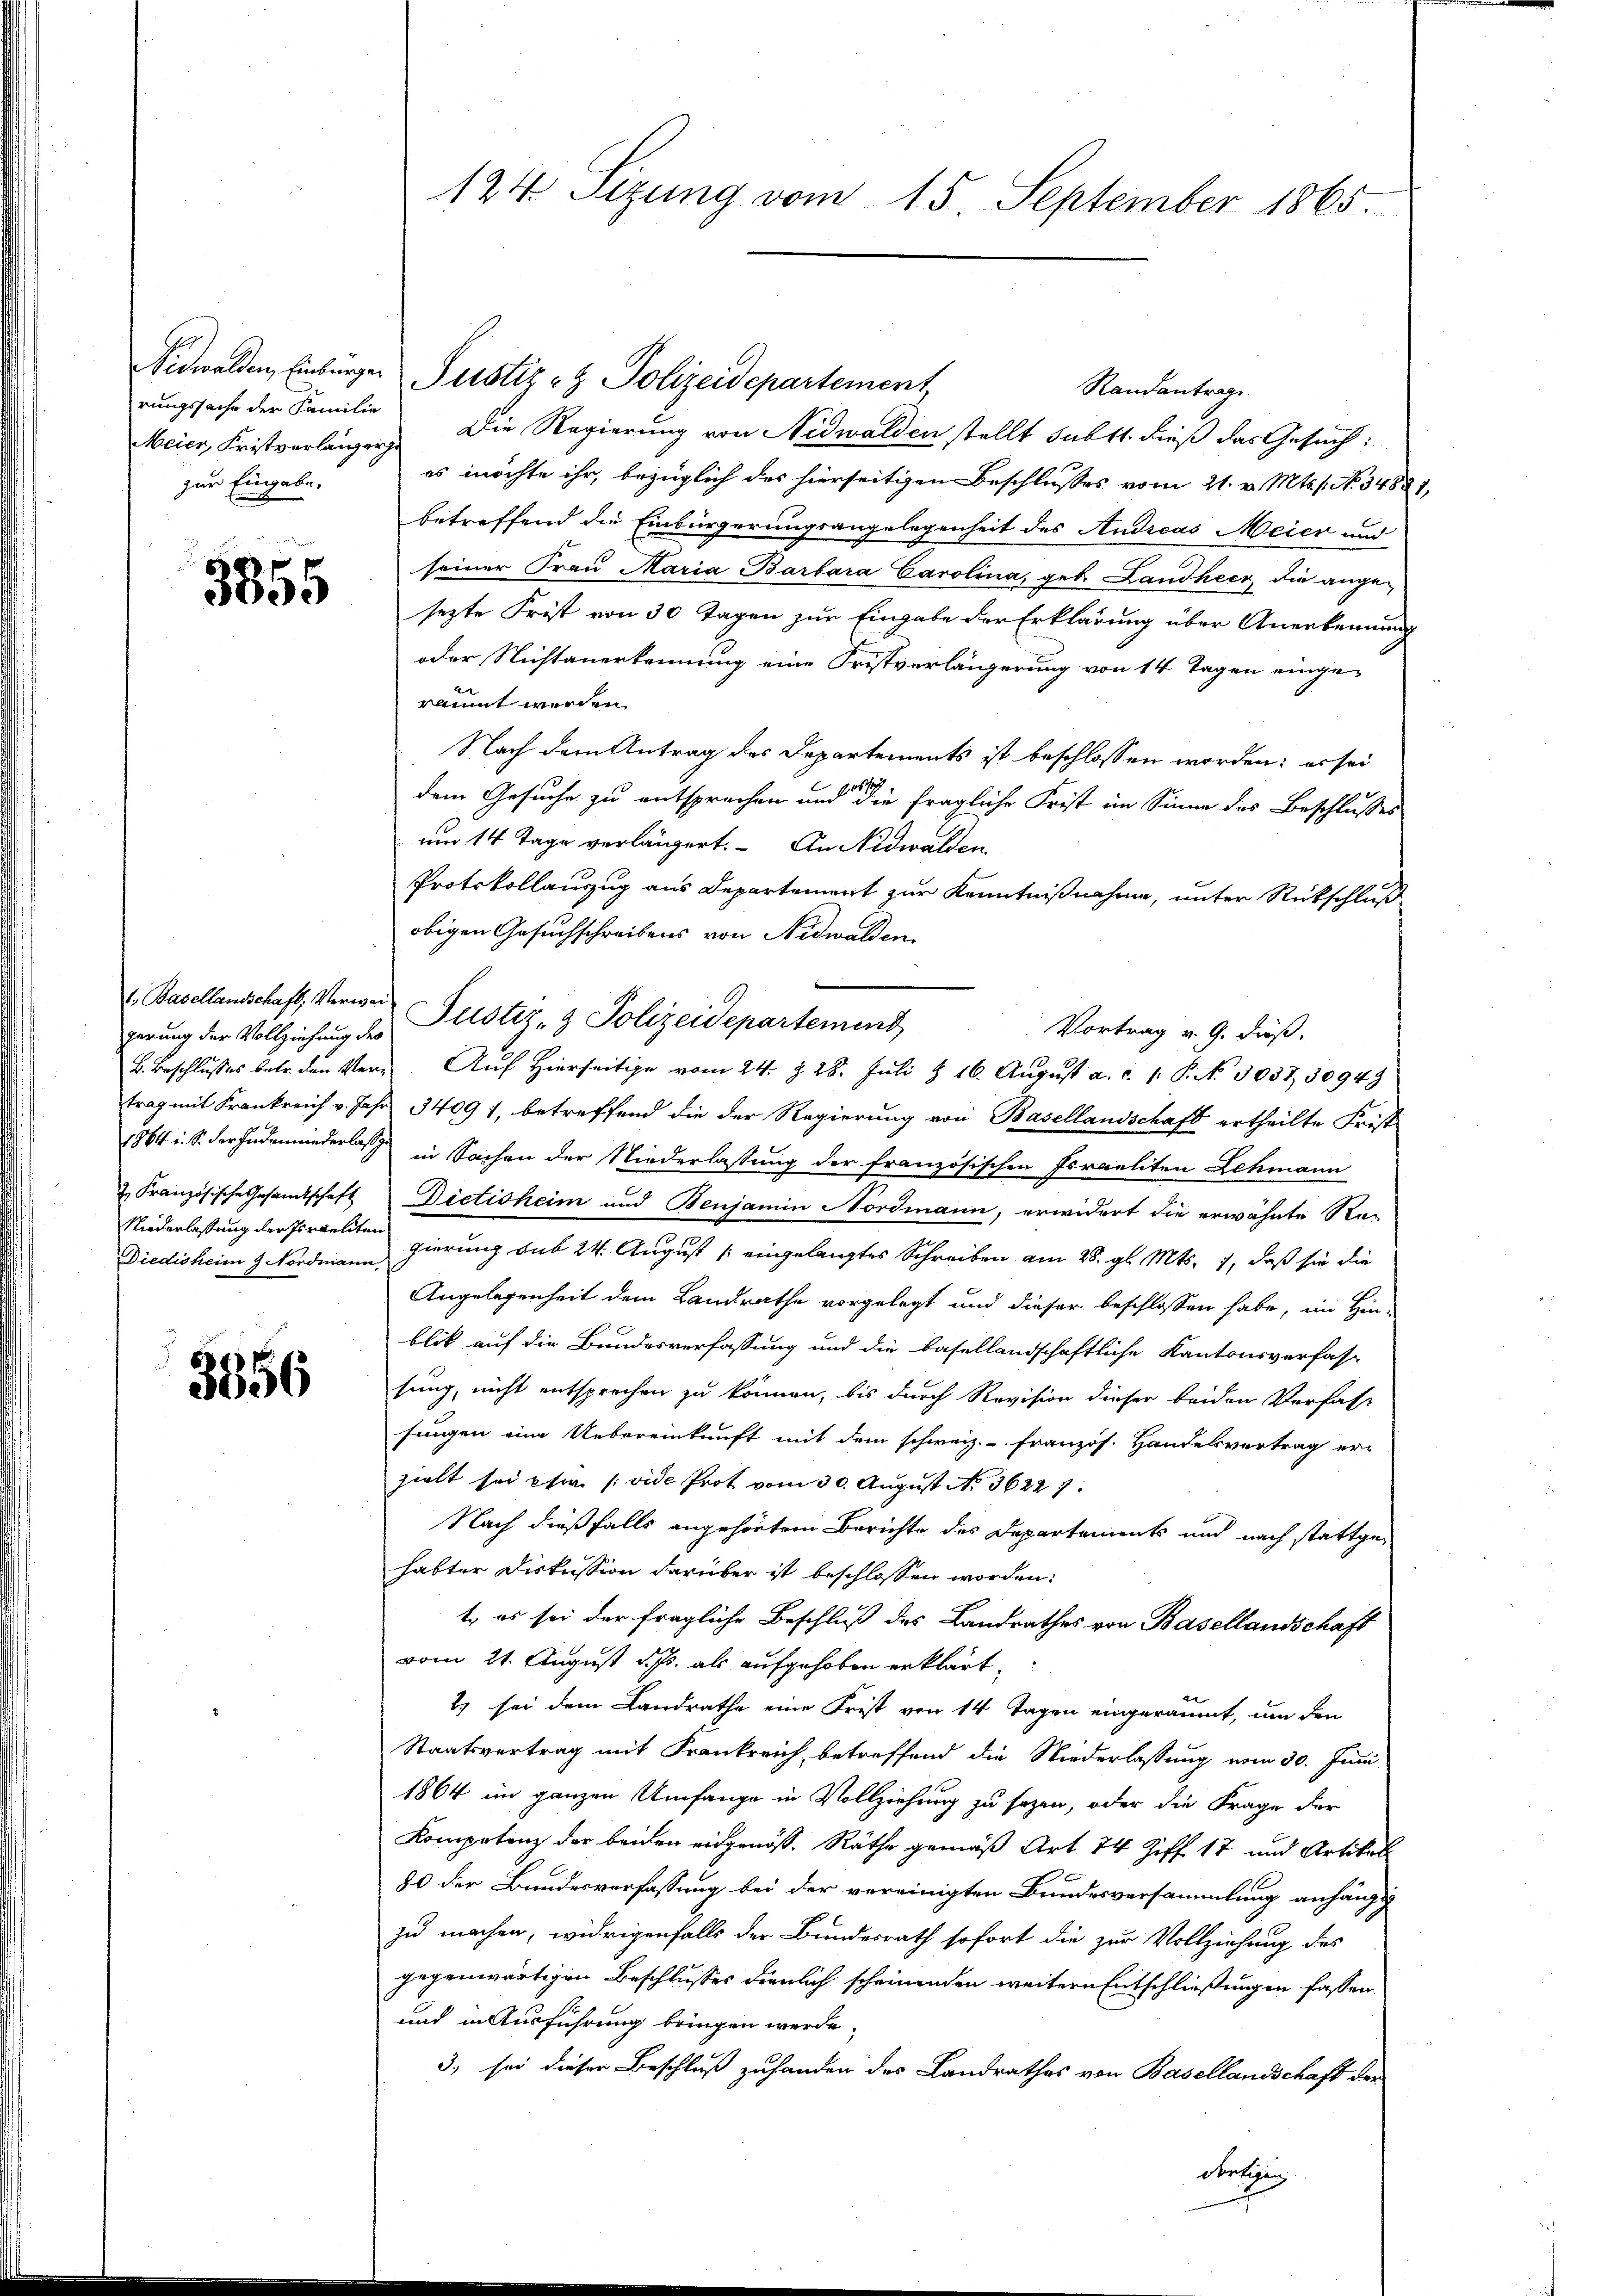
rungssache der Familie
zur Eingabe,

3855

perung der Vollziehung des
1864 i. S. der Enden niederlaß
Niederlassung der Israeliten
Diedisheim 9. Nordmann,

3356

124. Sizung vom 15. September 1865.

Nidwalden, Einburger Perstiz- & Polizeidepartement
Randantrage
Meier, Fristverlänger. Die Regierung von Nidwalden stellt subst dieß das Gesuch:
es möchte ihr, bezüglich des hierseitigen Beschlusses vom 21. v. Mts. s. No. 34824.
betreffend die Einbürgerungsangelegenheit des Andreas Meier und
seiner Frau Maria Barbara Carolina, geb. Landheer die ange-
sezte Frist von 30 Tagen zur Eingabe der Erklärung über Anerkennung
oder Nichtanerkennung eine Fristverlängerung von 14 Tagen einge-
rannt werden.
Nach dem Antrag des Departements ist beschlossen worden; er sei
dem Gesuche zu entsprochen und die fragliche Frist im Sinne des Beschlusses
um 14 Tage verlängert. An Nidwalden,
Protokollauszug aus Departement zur Kenntnißnahme, unter Rückschluß
obigen Gesuchschreibens von Nidwalden
1. Basellandschaft, Verwer Justiz- & Polizeidepartement
Vortrag v. 9. dieß.
B. Beschlusses betr. den Ver- Auf hierseitige vom 24. Z. 28. Juli & 16. August a. c. 1. P. No. 3037 30949
trag mit Frankreich v. Jahr 34091, betreffend die der Regierung von Basellandschaft ertheilte Frist-
in Sachen der Niederlassung der französischen Israeliten Lehmann
 Französische Gesandtschaft Dictisheim und Benjamin Nordmann, erwidert die erwähnte Re-
gierung sub 24. August [eingelangtes Schreiben am 28. gl. Mts. 7, daß sie die
Angelegenheit dem Landrathe vorgelegt und dieser beschlossen habe, im Hin-
blik auf die Bundesverfassung und die basellandschaftliche Kantonsverfas-
sung, nicht entsprechen zu können, bis durch Revision dieser beiden Verfas-
fungen eine Uebereinkunft mit dem schweiz.- französ. Handelsvertrag er-
hielt sei etia (vide Prot vom 30. August No. 36227.
Nach dießfalls angehörtem Berichte des Departements und nach stattgehabter Diskussion darüber ist beschlossen worden:
t, es sei der fragliche Beschluß des Landrathes von Basellandschaft
vom 21. August d. J. als aufgehoben erklärt,
2) sei dem Landrathe eine Frist von 14 Tagen eingeräumt, um den
Staatsvertrag mit Frankreich betreffend die Niederlassung vom 30. Juni
1864 im ganzen Umfange in Vollziehung zu sezen, oder die Frage der
Kompetenz der beiden eidgenöss. Räthe gemäß Art. 74 Ziff 17 und Artikel
80 der Bundesverfassung bei der vereinigten Bundesversammlung anhängt
zu machen, widrigenfalls der Bundesrath sofort die zur Vollziehung des
gegenwärtigen Beschlusses dienlich scheinenden weitern Entschließungen fassen
und in Ausführung bringen werde.
3) sei dieser Beschluß zuhanden des Landrathes von Basellandschaft der
Fertigung